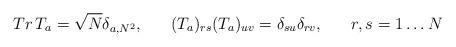
LaTeX: \begin{align*}Tr \, T_{a} = \sqrt N \delta_{a, N^{2}}, \;\;\;\;\;\;(T_{a})_{rs} (T_{a})_{uv} = \delta_{su} \delta_{rv}, \;\;\;\;\;\; r,s = 1 \ldots N\end{align*}